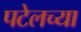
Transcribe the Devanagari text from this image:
पटेलच्या